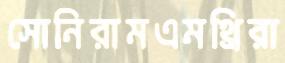
সোনিরামএমথ্রিরা